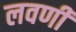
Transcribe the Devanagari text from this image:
लवणी